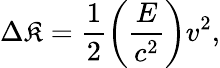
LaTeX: \Delta\mathfrak{K}=\frac{{1}}{{2}}\left(\frac{{E}}{{c^{2}}}\right)v^{2},